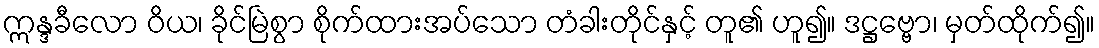
ဣန္ဒခီလော ဝိယ၊ ခိုင်မြဲစွာ စိုက်ထားအပ်သော တံခါးတိုင်နှင့် တူ၏ ဟူ၍။ ဒဋ္ဌဗ္ဗော၊ မှတ်ထိုက်၍။